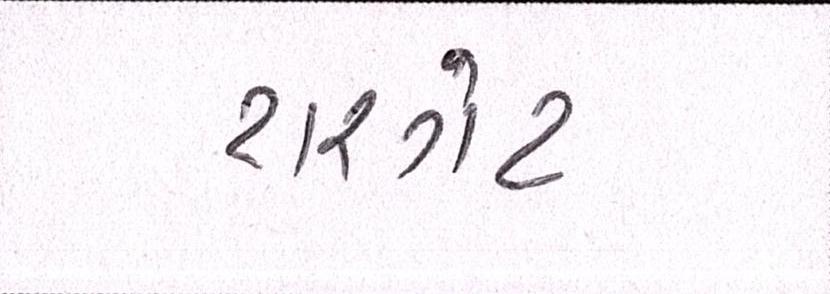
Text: ટારગેટ